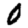
Digit: 0